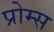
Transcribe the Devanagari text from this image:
प्रोम्स